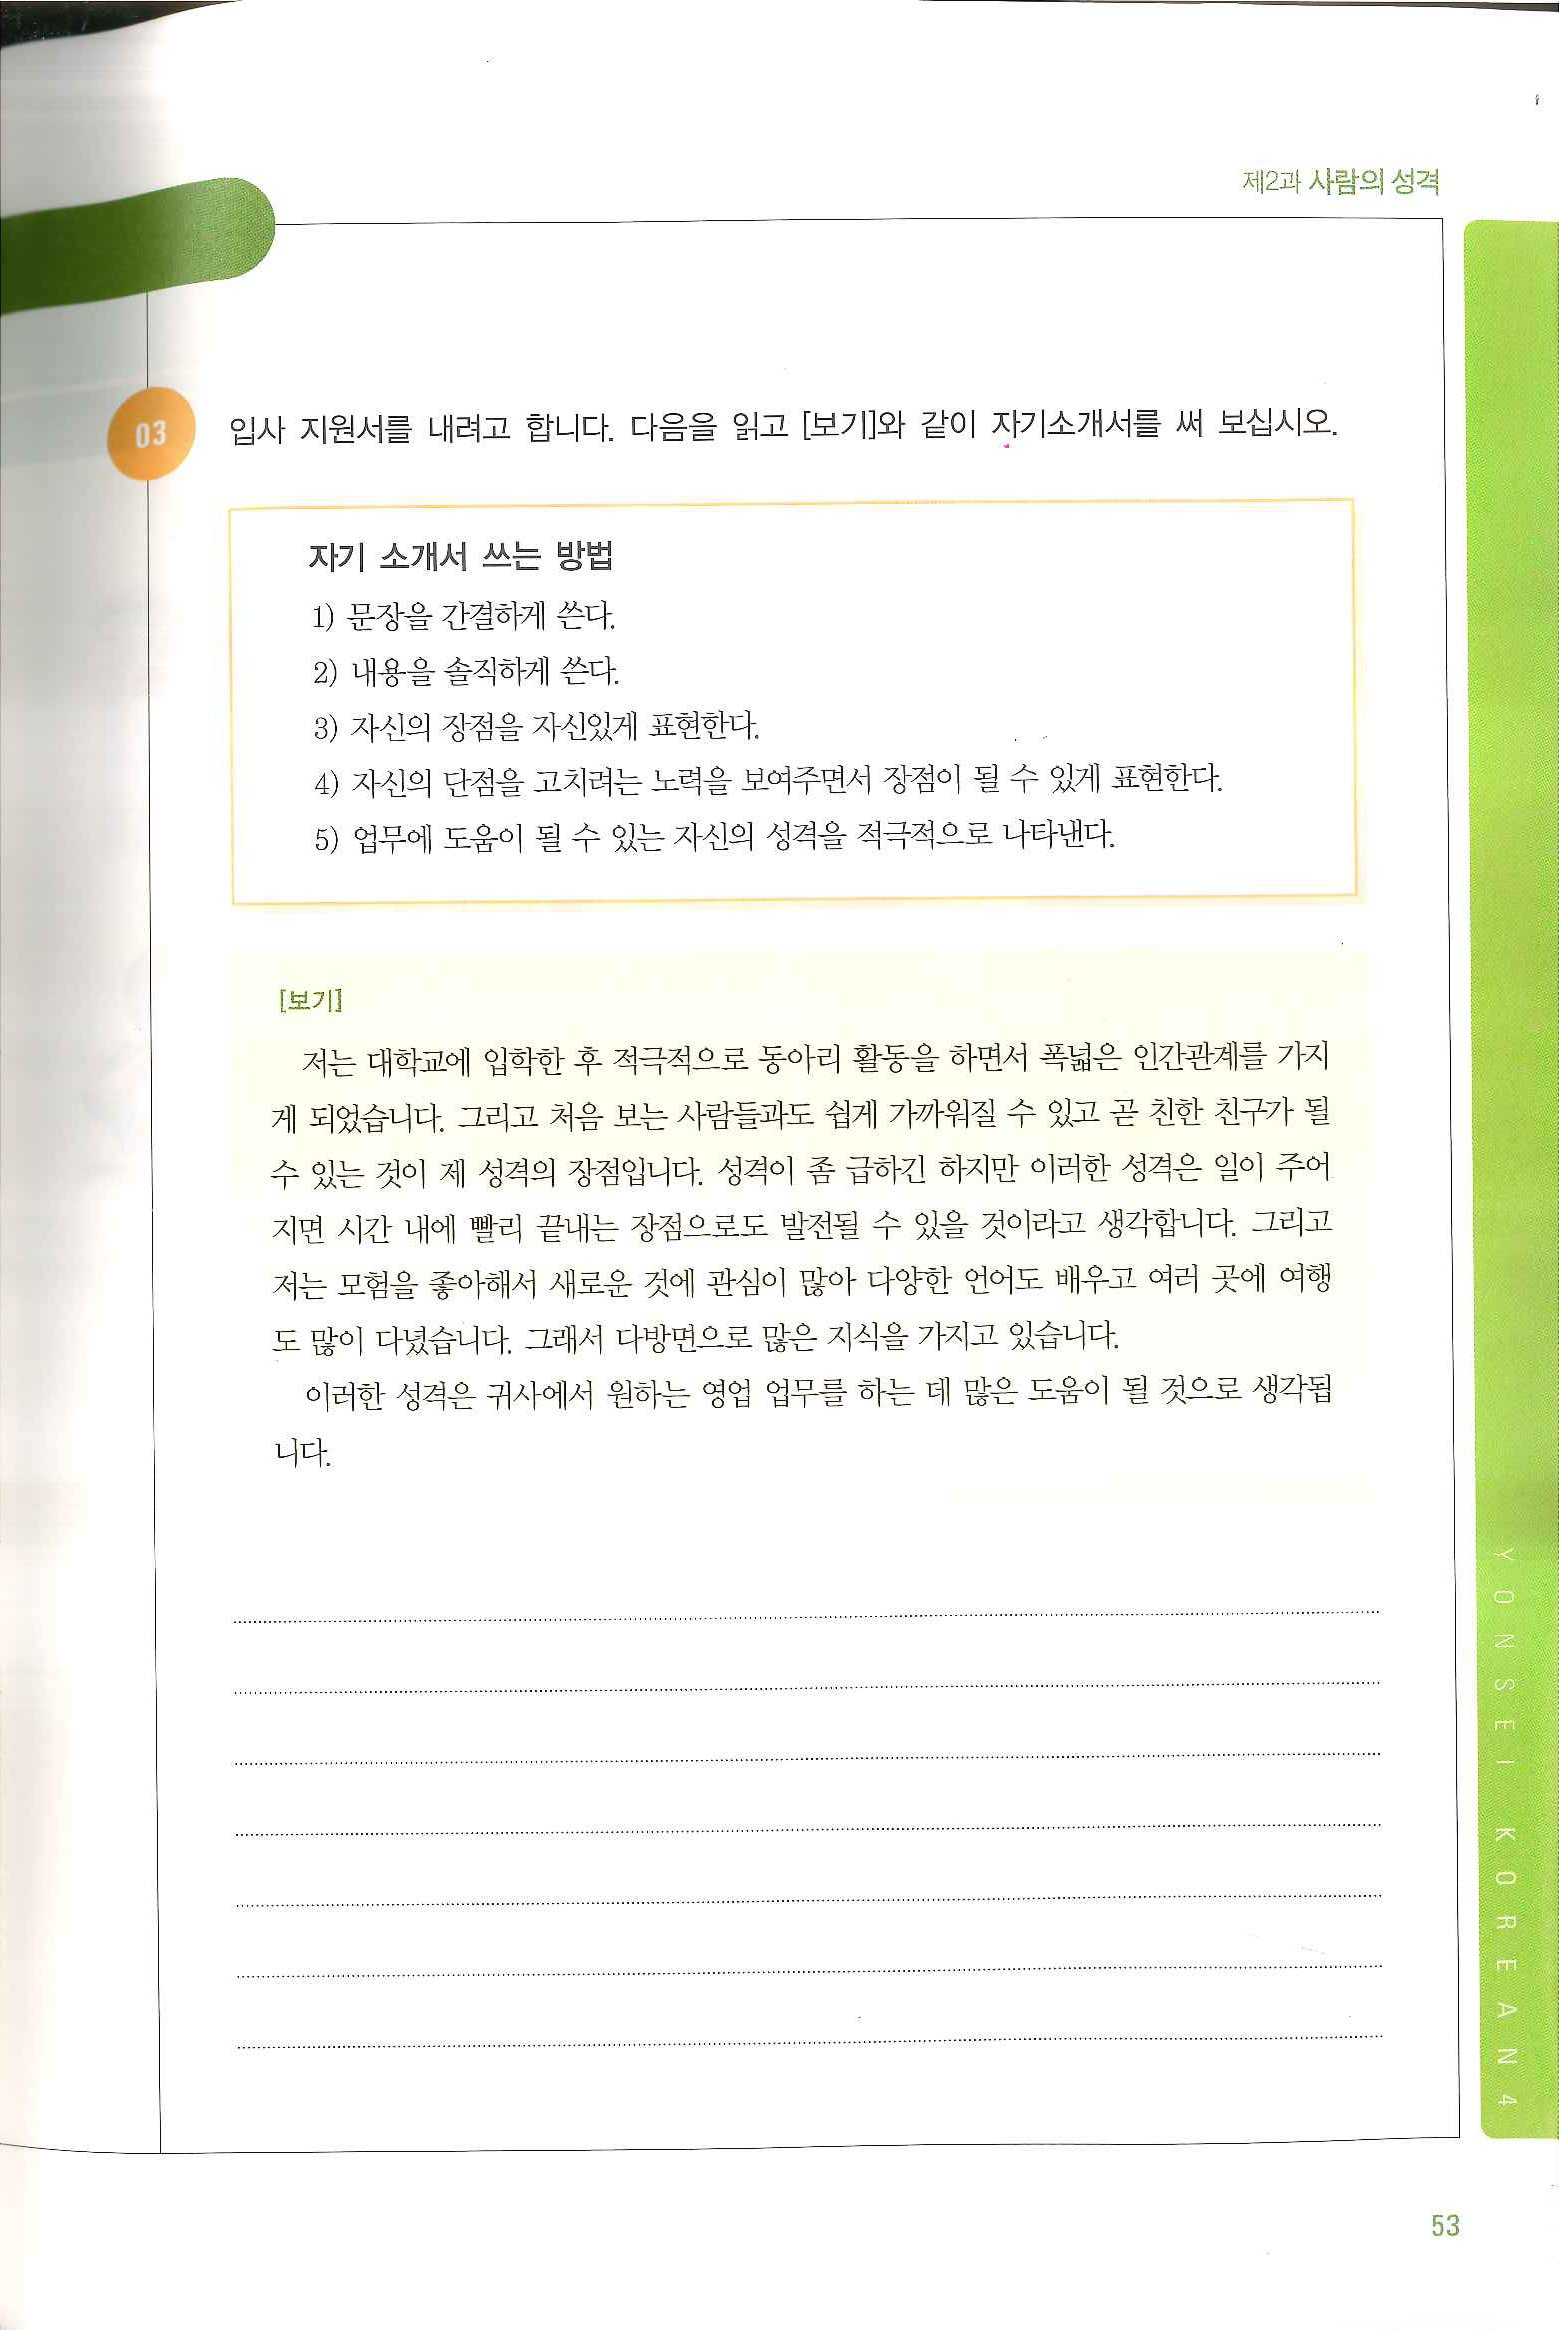
Language: ko